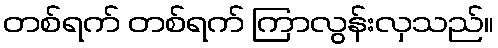
တစ်ရက် တစ်ရက် ကြာလွန်းလှသည်။